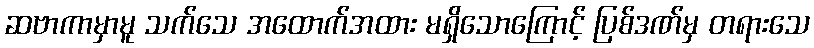
ဆဗာကာမှာမူ သက်သေ အထောက်အထား မရှိသောကြောင့် ပြစ်ဒဏ်မှ တရားသေ